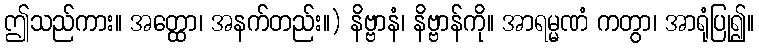
ဤသည်ကား။ အတ္ထော၊ အနက်တည်း။) နိဗ္ဗာနံ၊ နိဗ္ဗာန်ကို။ အာရမ္မဏံ ကတွာ၊ အာရုံပြု၍။